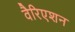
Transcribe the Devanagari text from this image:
वैरिएशन